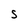
Character: S